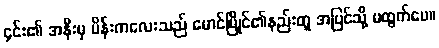
၄င်း၏ အနီးမှ မိန်းကလေးသည် မောင်မြိုင်၏နည်းတူ အပြင်သို့ မထွက်ပေ။